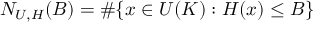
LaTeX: N _ { U , H } ( B ) = \# \{ x \in U ( K ) : H ( x ) \leq B \}